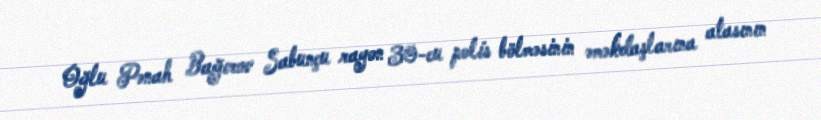
Oğlu Pənah Bağırov Sabunçu rayon 30-cu polis bölməsinin əməkdaşlarına atasının